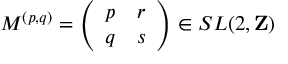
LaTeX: M ^ { ( p , q ) } = \left( \begin{array} { c c } { { p } } & { { r } } \\ { { q } } & { { s } } \end{array} \right) \in S L ( 2 , { \bf Z } )